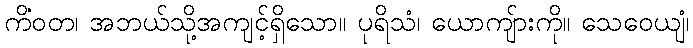
ကိံဝတ၊ အဘယ်သို့အကျင့်ရှိသော။ ပုရိသံ၊ ယောကျ်ားကို။ သေဝေယျံ၊